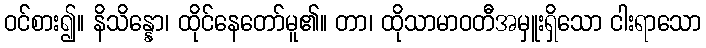
ဝင်စား၍။ နိသိန္နော၊ ထိုင်နေတော်မူ၏။ တာ၊ ထိုသာမာဝတီအမှူးရှိသော ငါးရာသော